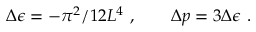
\Delta \epsilon = - \pi ^ { 2 } / 1 2 L ^ { 4 } \ , \qquad \Delta p = 3 \Delta \epsilon \ .